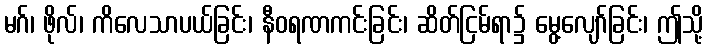
မဂ်၊ ဖိုလ်၊ ကိလေသာပယ်ခြင်း၊ နီဝရဏကင်းခြင်း၊ ဆိတ်ငြမ်ရာ၌ မွေ့လျော်ခြင်း၊ ဤသို့